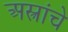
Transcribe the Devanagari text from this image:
अस्त्रांचे